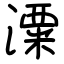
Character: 潥